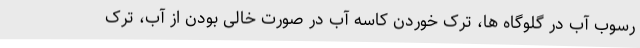
رسوب آب در گلوگاه ها، ترک خوردن کاسه آب در صورت خالی بودن از آب، ترک